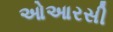
ઓઆરસી